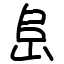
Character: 峊